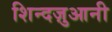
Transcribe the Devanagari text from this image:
शिन्दज़ुआनी